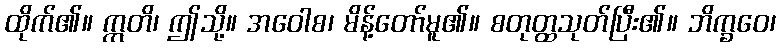
ထိုက်၏။ ဣတိ၊ ဤသို့။ အဝေါစ၊ မိန့်တော်မူ၏။ စတုတ္ထသုတ်ပြီး၏။ ဘိက္ခဝေ၊